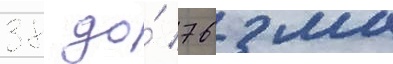
38 до́ 76 мм